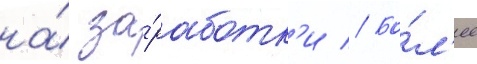
на́ за́работк'и // Бо́л'ее